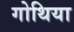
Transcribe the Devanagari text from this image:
गोथिया